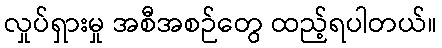
လှုပ်ရှားမှု အစီအစဉ်တွေ ထည့်ရပါတယ်။